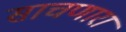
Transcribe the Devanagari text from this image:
साचणारा